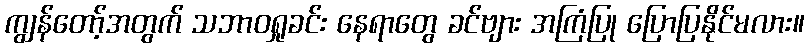
ကျွန်တော့်အတွက် သဘာဝရှုခင်း နေရာတွေ ခင်ဗျား အကြံပြု ပြောပြနိုင်မလား။